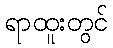
ရာထူးတွင်